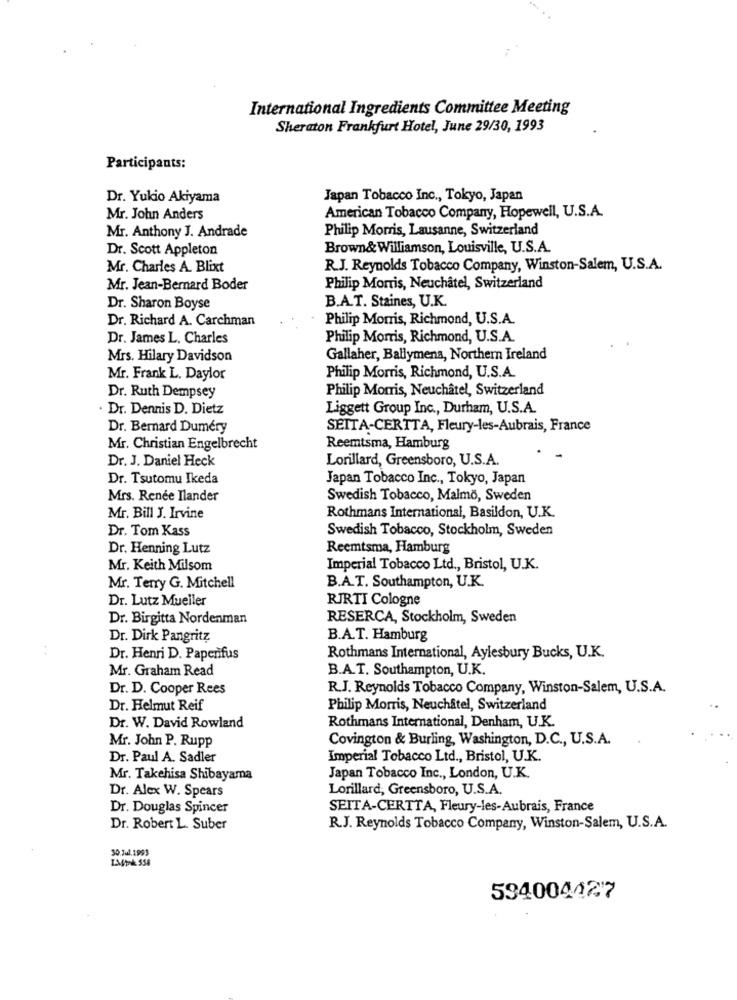
International Ingredients Committee Meeting
Sheraton Frankfurt Hotel, June 29/30, 1993
Participants:
Dr. Yukio Akiyama
Japan Tobacco Inc ., Tokyo, Japan
Mr. John Anders
American Tobacco Company, Hopewell, U.S.A.
Philip Morris, Lausanne, Switzerland
Mr. Anthony J. Andrade
Dr. Scott Appleton
Brown& Williamson, Louisville, U.S.A.
Mr. Charles A. Blixt
R.J. Reynolds Tobacco Company, Winston-Salem, U.S.A.
Mr. Jean-Bernard Boder
Philip Morris, Neuchâtel, Switzerland
B.A.T. Staines, U.K.
Dr. Sharon Boyse
Dr. Richard A. Carchman
Philip Morris, Richmond, U.S.A.
Dr. James L. Charles
Philip Morris, Richmond, U.S.A.
Mrs. Hilary Davidson
Gallaher, Ballymena, Northern Ireland
Mr. Frank L. Daylor
Philip Morris, Richmond, U.S.A.
Dr. Ruth Dempsey
Philip Morris, Neuchâtel, Switzerland
. Dr. Dennis D. Dietz
Liggett Group Inc ., Durham, U.S.A.
Dr. Bernard Duméry
SETTA-CERTTA, Fleury-les-aubrais, France
Mr. Christian Engelbrecht
Reemtsma, Hamburg
Dr. J. Daniel Heck
Lorillard, Greensboro, U.S.A.
Dr. Tsutomu Ikeda
Japan Tobacco Inc ., Tokyo, Japan
Mrs. Renée Ilander
Swedish Tobacco, Malmö, Sweden
Rothmans International, Basildon, U.K.
Mr. Bill J. Irvine
Dr. Tom Kass
Swedish Tobacco, Stockholm, Sweden
Dr. Henning Lutz
Reemtsma, Hamburg
Mr. Keith Milsom
Imperial Tobacco Ltd ., Bristol, U.K.
Mr. Terry G. Mitchell
B.A.T. Southampton, U.K.
Dr. Lutz Mueller
RJRTI Cologne
Dr. Birgitta Nordenman
RESERCA, Stockholm, Sweden
Dr. Dirk Pangritz
B.A.T. Hamburg
Dr. Henri D. Papenfus
Rothmans International, Aylesbury Bucks, U.K.
Mr. Graham Read
B.A.T. Southampton, U.K.
Dr. D. Cooper Rees
R.J. Reynolds Tobacco Company, Winston-Salem, U.S.A.
Dr. Helmut Reif
Philip Morris, Neuchâtel, Switzerland
Rothmans International, Denham, U.K.
Dr. W. David Rowland
Mr. John P. Rupp
Covington & Burling, Washington, D.C ., U.S.A.
Dr. Paul A. Sadler
Imperial Tobacco Ltd ., Bristol, U.K.
Mr. Takehisa Shibayama
Japan Tobacco Inc ., London, U.K.
Dr. Alex W. Spears
Lorillard, Greensboro, U.S.A.
Dr. Douglas Spincer
SEITA-CERTTA, Fleury-les-aubrais, France
Dr. Robert L. Suber
R.J. Reynolds Tobacco Company, Winston-Salem, U.S.A.
30.Jul.1993
594004427